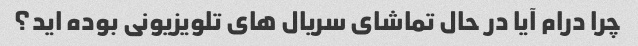
چرا درام آیا در حال تماشای سریال های تلویزیونی بوده اید؟